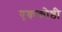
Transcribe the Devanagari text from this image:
एककोष्ठी